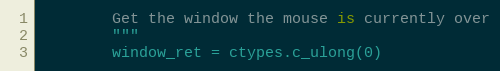
Language: Python
        Get the window the mouse is currently over
        """
        window_ret = ctypes.c_ulong(0)